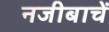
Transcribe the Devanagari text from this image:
नजीबाचें